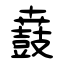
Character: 鼖